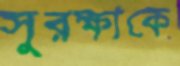
সুরক্ষাকে